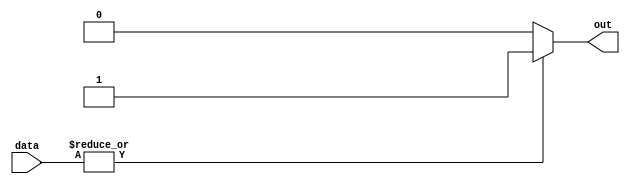
module OR_gate_64 (
    input [63:0] data,
    output reg out
);

always @(*) begin
    if (|data) begin
        out = 1'b1;
    end else begin
        out = 1'b0;
    end
end

endmodule